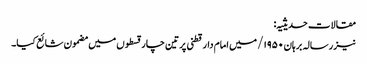
مقالات حدیثیہ:
نیز رسالہ برہان ۱۹۵۰/ میں امام دارقطنی پر تین چار قسطوں میں مضمون شائع کیا۔